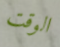
الوقت